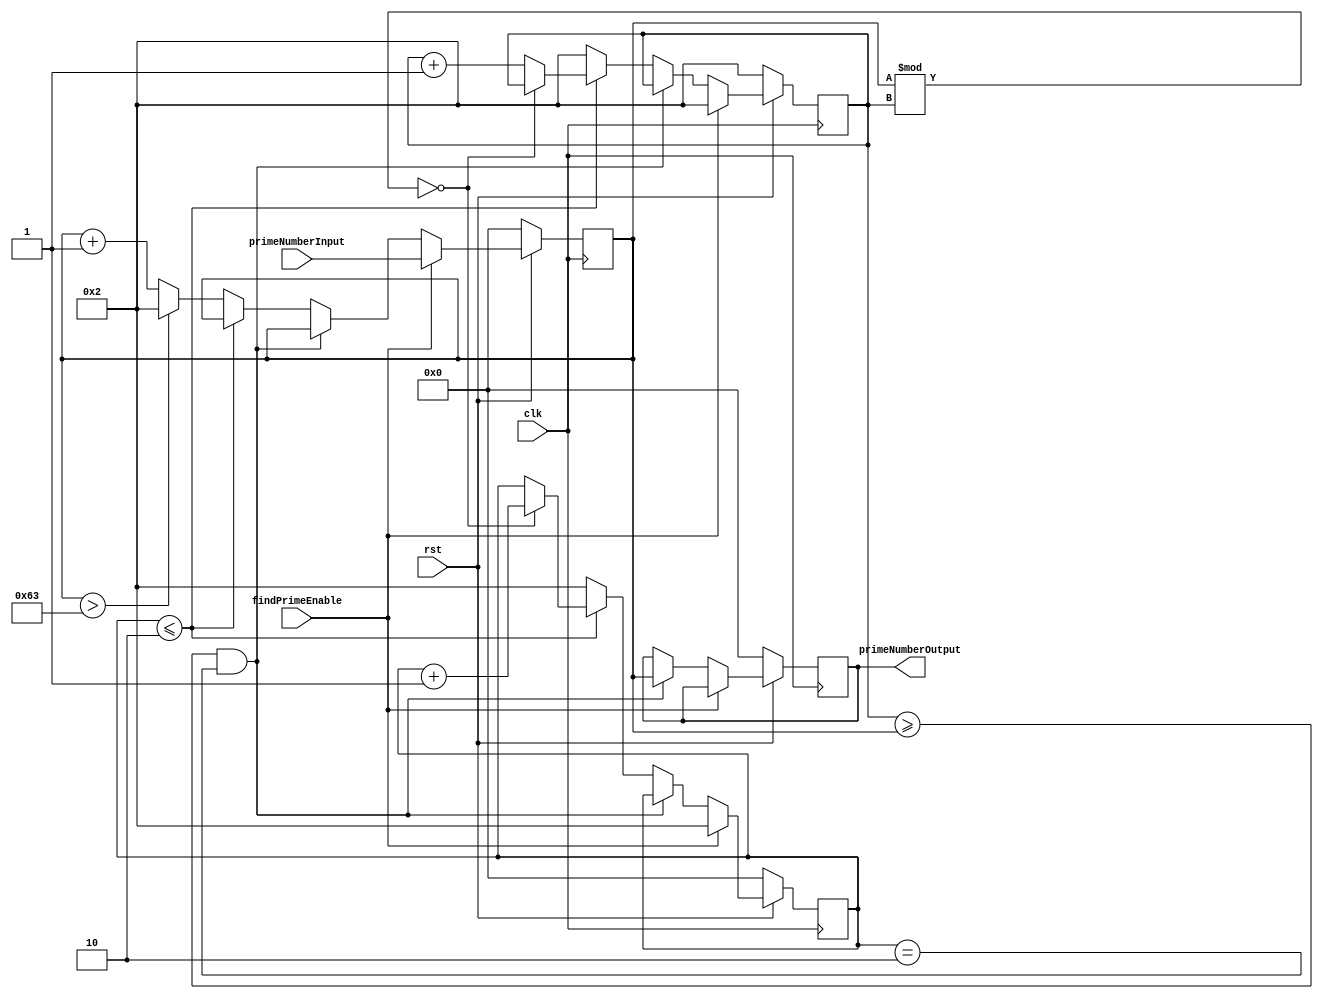
//Final Project
// Next_Random
// finds next prime number after the input 7 digit number.

module Next_Prime(clk,rst,primeNumberInput,primeNumberOutput,findPrimeEnable);
	input clk,rst,findPrimeEnable;
	input [6:0] primeNumberInput;
	reg [6:0] primeNumberInput_temp,count;
	output reg [6:0] primeNumberOutput;
	reg[6:0] factor;

	always @(posedge clk)
		begin
			if (rst==0)
				begin
					count<=0;
					primeNumberInput_temp<=0;
					primeNumberOutput<=0;
					factor <= 2;
				end
			else
				begin
					if (findPrimeEnable == 1) 	// NEW NUMBER 
						begin
							primeNumberInput_temp<=primeNumberInput;
							count <=2; // set counter to 2
							factor <= 2;
						end
					else // NOT A NEW NUMBER
						begin
							if(factor >= primeNumberInput_temp && count == 2)
								begin
									primeNumberOutput <= primeNumberInput_temp;
								end
							else
								begin
									if(count <=2)
										begin
											if(primeNumberInput_temp%factor == 0)
												begin
													count <= count + 1;
												end
											else
												begin
													factor <= factor + 1;
												end
										end
									else
										begin
											factor <= 2;
											count <= 2;
											if(primeNumberInput_temp > 99)
												begin
													primeNumberInput_temp <= 2;
												end
											else
												begin
													primeNumberInput_temp <= primeNumberInput_temp + 1;
												end
										end
									
								end
						
						
							// if number less than 2 then output is 2	// corner case
						/*	if(primeNumberInput_temp<=2)
								begin
									primeNumberOutput<=2;  
								end
							else if (count < primeNumberInput_temp)
								begin
							// is not prime 
									if (primeNumberInput_temp%count==0)
									begin
									primeNumberInput_temp<=primeNumberInput_temp+1;
									count =2; //set counter to 2 and start checking again
									end	
								end
							/// not prime then increase count till count < Q_temp
							else	
								begin
									if(count == primeNumberInput_temp-1) // if counter reached maximum value and number is still not divisible
										begin 
											primeNumberOutput <=primeNumberInput_temp; 
										end
									else
										begin 
											count <= count+1; 
										end // increase counter
								end	*/
						end 
				end // reset 
		end
endmodule